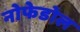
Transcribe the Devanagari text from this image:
नोफेडोल